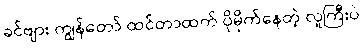
ခင်ဗျား ကျွန်တော် ထင်တာထက် ပိုမိုက်နေတဲ့ လူကြီးပဲ